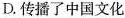
D.传播了中国文化